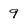
Character: 9